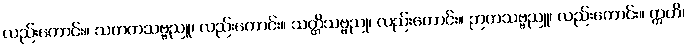
လည်းကောင်း။ သတတသဗ္ဗညူ၊ လည်းကောင်း။ သတ္တိသဗ္ဗညု၊ လည်းကောင်း။ ဉာတသဗ္ဗညူ၊ လည်းကောင်း။ ဣတိ၊